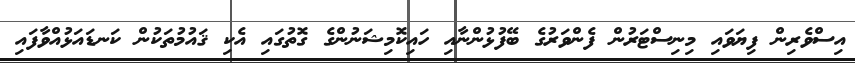
އިސްވެރިން ފިޔަވައި މިނިސްޓަރުން ފެންވަރުގެ ބޭފުޅުންނާއި ހައިކޮމިޝަނުންގެ ގޮތުގައި އެކި ޤައުމުތަކުން ކަނޑައަޅުއްވާފައި